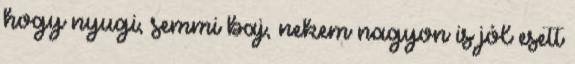
hogy nyugi, semmi baj, nekem nagyon is jól esett